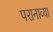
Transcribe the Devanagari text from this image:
परानाव्या